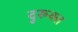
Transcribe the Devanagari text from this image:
दुरूक्त